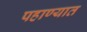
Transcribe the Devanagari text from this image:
पहाण्यात